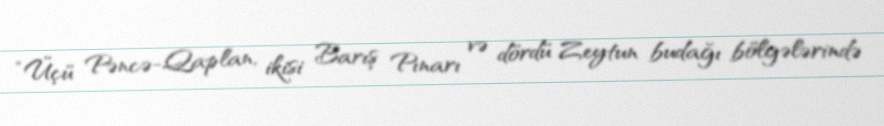
“Üçü Pəncə-Qaplan, ikisi Barış Pınarı və dördü Zeytun budağı bölgələrində